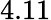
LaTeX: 4.11